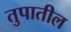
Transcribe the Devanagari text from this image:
तुपातील